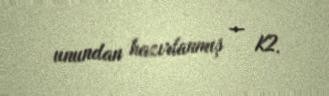
unundan hazırlanmış — K2.